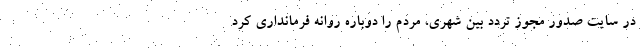
در سایت صدور مجوز تردد بین شهری، مردم را دوباره روانه فرمانداری کرد